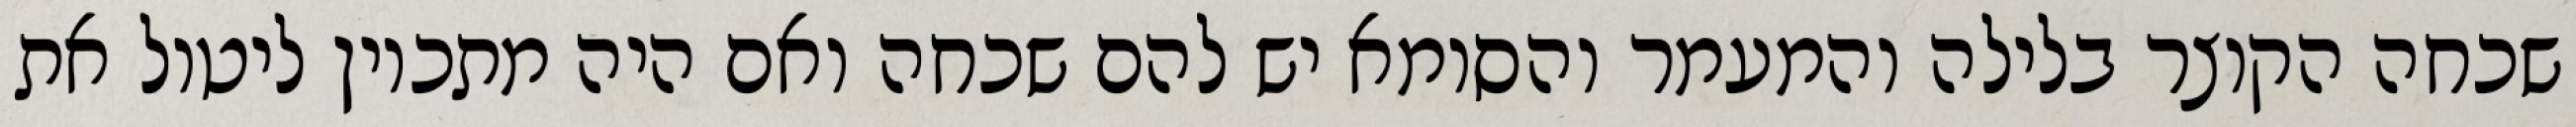
שכחה הקוצר בלילה והמעמר והסומא יש להם שכחה ואם היה מתכוין ליטול את